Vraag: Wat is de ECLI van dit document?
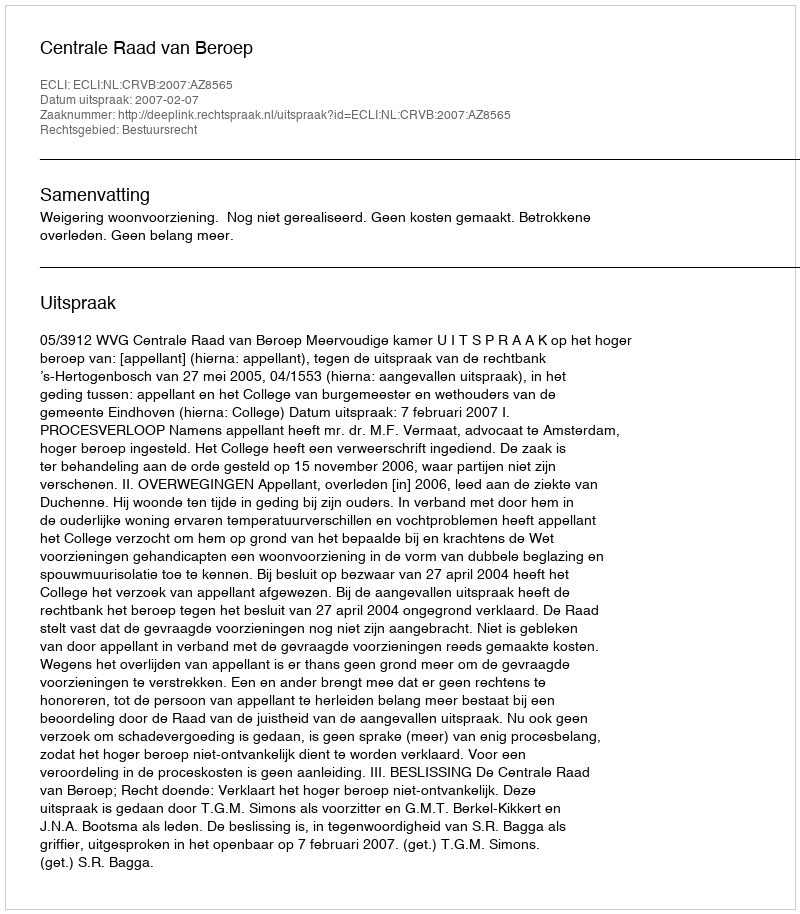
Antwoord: ECLI:NL:CRVB:2007:AZ8565